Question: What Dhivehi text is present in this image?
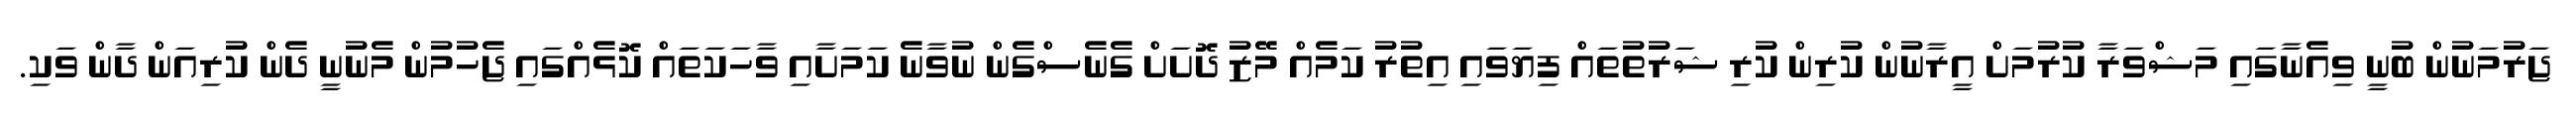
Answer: ޖަރުމަނުން ބުނީ ވިއެނާގައި މަޝްވަރާ ކުރުމަށް އީރާނުން ކުރިން ކުރި ޝަރުތުތައް ފިޔަވައި އިތުރު ކަމެއް މޭޒު ދޮށަށް ގެނެސްގެން ނުވާނެ ކަމަށާއި ވާހަކަތައް ކޮޅެއްގައި ޖެހުމުން މެނުނީ ދެން ކުރިއަން ދާން ވަކި.